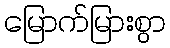
မြောက်မြားစွာ